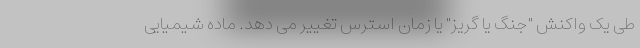
طی یک واکنش "جنگ یا گریز" یا زمان استرس تغییر می دهد. ماده شیمیایی